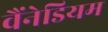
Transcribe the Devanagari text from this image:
वैंनेडियम